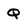
Character: Q